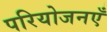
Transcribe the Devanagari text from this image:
परियोजनएँ